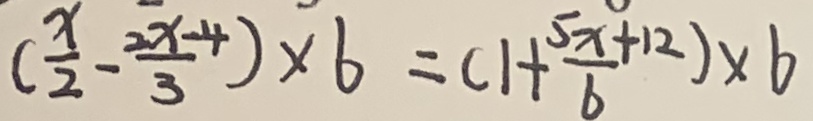
( \frac { x } { 2 } - \frac { 2 x - 4 } { 3 } ) \times 6 = ( 1 + \frac { 5 x + 1 2 } { 6 } ) \times 6